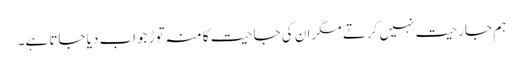
ہم جارحیت نہیں کرتے مگر ان کی جاحیت کا منہ توڑ جواب دیا جاتا ہے۔